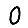
Digit: 0